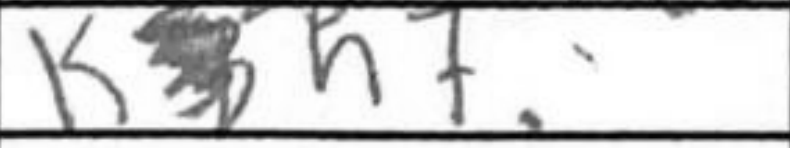
Transcription: Kh7